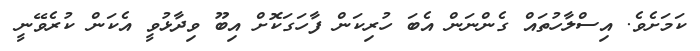
ކަމަށެވެ. އިސްލާހުތައް ގެންނަން އެބަ ހުރިކަން ފާހަގަކޮށް އިބޫ ވިދާޅުވީ އެކަން ކުރެވޭނީ